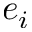
e _ { i }